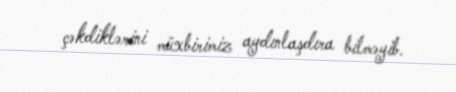
çəkdiklərini müxbirimiz aydınlaşdıra bilməyib.